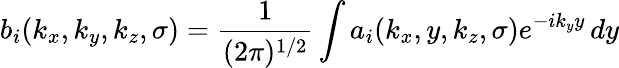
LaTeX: b_{i}(k_{x},k_{y},k_{z},\sigma)=\frac{1}{(2\pi)^{1/2}}\int a_{i}(k_{x},y,k_{z},\sigma)e^{-ik_{y}y}\, dy